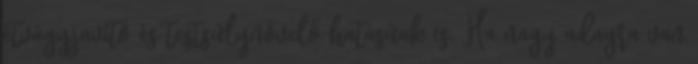
étvágyjavító és testsúlynövelő hatásúak is. Ha nagy adagra van